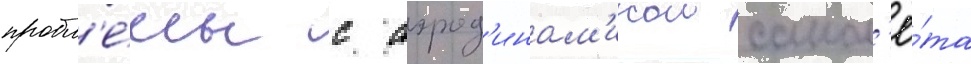
пробл'е́мы с аэрод'инам'икои самол'ё́та